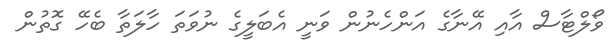
ވޯލްޓާސް އާއި އޭނާގެ އަންހެނުން ވަނީ އެބަލީގެ ނުވަތަ ހާލަތާ ބެހޭ ގޮތުން